Lunatic asylums in Bengal annual reports 1888-1898 - 1888-1898
Year: 1888
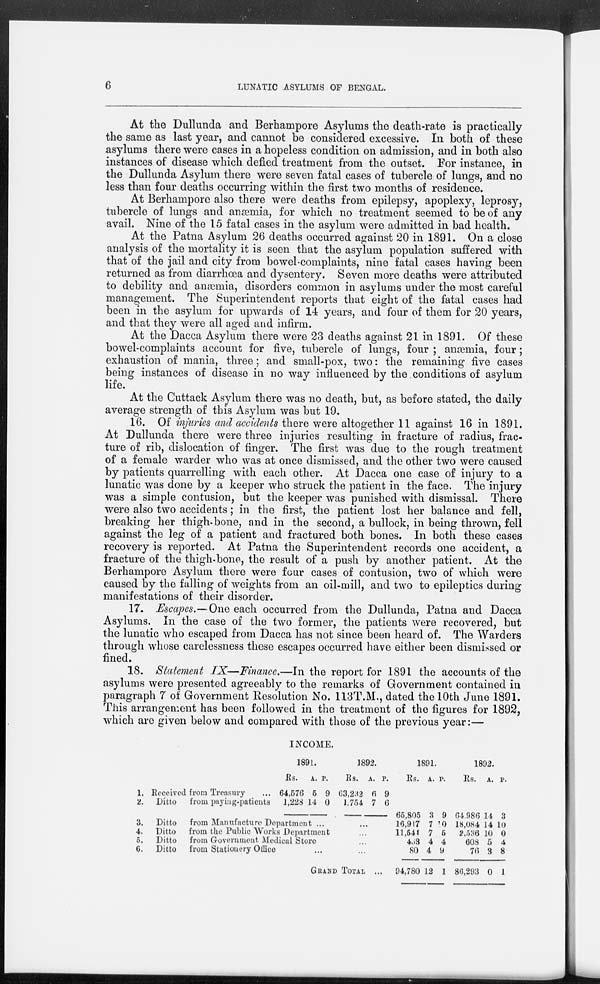
6
LUNATIC ASYLUMS OF BENGAL.
At the Dullunda and Berhampore Asylums the death-rate is practically
the same as last year, and cannot be considered excessive. In both of these
asylums there were cases in a hopeless condition on admission, and in both also
instances of disease which defied treatment from the outset. For instance, in
the Dullunda Asylum there were seven fatal cases of tubercle of lungs, and no
less than four deaths occurring within the first two months of residence.
At Berhampore also there were deaths from epilepsy, apoplexy, leprosy,
tubercle of lungs and anæmia, for which no treatment seemed to be of any
avail. Nine of the 15 fatal cases in the asylum were admitted in bad health.
At the Patna Asylum 26 deaths occurred against 20 in 1891. On a close
analysis of the mortality it is seen that the asylum population suffered with
that of the jail and city from bowel-complaints, nine fatal cases having been
returned as from diarrhœa and dysentery. Seven more deaths were attributed
to debility and anæmia, disorders common in asylums under the most careful
management. The Superintendent reports that eight of the fatal cases had
been in the asylum for upwards of 14 years, and four of them for 20 years,
and that they were all aged and infirm.
At the Dacca Asylum there were 23 deaths against 21 in 1891. Of these
bowel-complaints account for five, tubercle of lungs, four ; anæmia, four;
exhaustion of mania, three; and small-pox, two: the remaining five cases
being instances of disease in no way influenced by the conditions of asylum
life.
At the Cuttack Asylum there was no death, but, as before stated, the daily
average strength of this Asylum was but 19.
16. Of injuries and accidents there were altogether 11 against 16 in 1891.
At Dullunda there were three injuries resulting in fracture of radius, frac-
ture of rib, dislocation of finger. The first was due to the rough treatment
of a female warder who was at once dismissed, and the other two were caused
by patients quarrelling with each other. At Dacca one case of injury to a
lunatic was done by a keeper who struck the patient in the face. The injury
was a simple contusion, but the keeper was punished with dismissal. There
were also two accidents; in the first, the patient lost her balance and fell,
breaking her thigh-bone, and in the second, a bullock, in being thrown, fell
against the leg of a patient and fractured both bones. In both these cases
recovery is reported. At Patna the Superintendent records one accident, a
fracture of the thigh-bone, the result of a push by another patient. At the
Berhampore Asylum there were four cases of contusion, two of which were
caused by the falling of weights from an oil-mill, and two to epileptics during
manifestations of their disorder.
17. Escapes.—One each occurred from the Dullunda, Patna and Dacca
Asylums. In the case of the two former, the patients were recovered, but
the lunatic who escaped from Dacca has not since been heard of. The Warders
through whose carelessness these escapes occurred have either been dismissed or
fined.
18. Statement IX—Finance.—In the report for 1891 the accounts of the
asylums were presented agreeably to the remarks of Government contained in
paragraph 7 of Government Resolution No. 113T.M., dated the 10th June 1891.
This arrangement has been followed in the treatment of the figures for 1892,
which are given below and compared with those of the previous year:—
INCOME.
1.
2.
3.
4.
5.
6.
Received from Treasury ...
Ditto
from paying-patients
1891.
Rs.
64,576
1,228
A.
5
14
P.
9
0
1892.
Rs.
63,232
1,754
A.
6
7
P.
9
6
Ditto
from Manufacture Department ... ...
Ditto
from the Public Works Department ...
Ditto
from Government Medical Store ...
Ditto
from Stationery Office ... ...
GRAND TOTAL ...
1891.
Rs.
65,805
16,917
11,544
453
80
94,780
A.
3
7
7
4
4
12
P.
9
10
5
4
9
1
1892.
Rs.
64,986
18,084
2,536
608
76
86,293
A.
14
14
10
5
3
0
P.
3
10
0
4
8
1